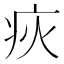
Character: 疢